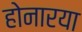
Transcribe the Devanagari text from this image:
होनारया